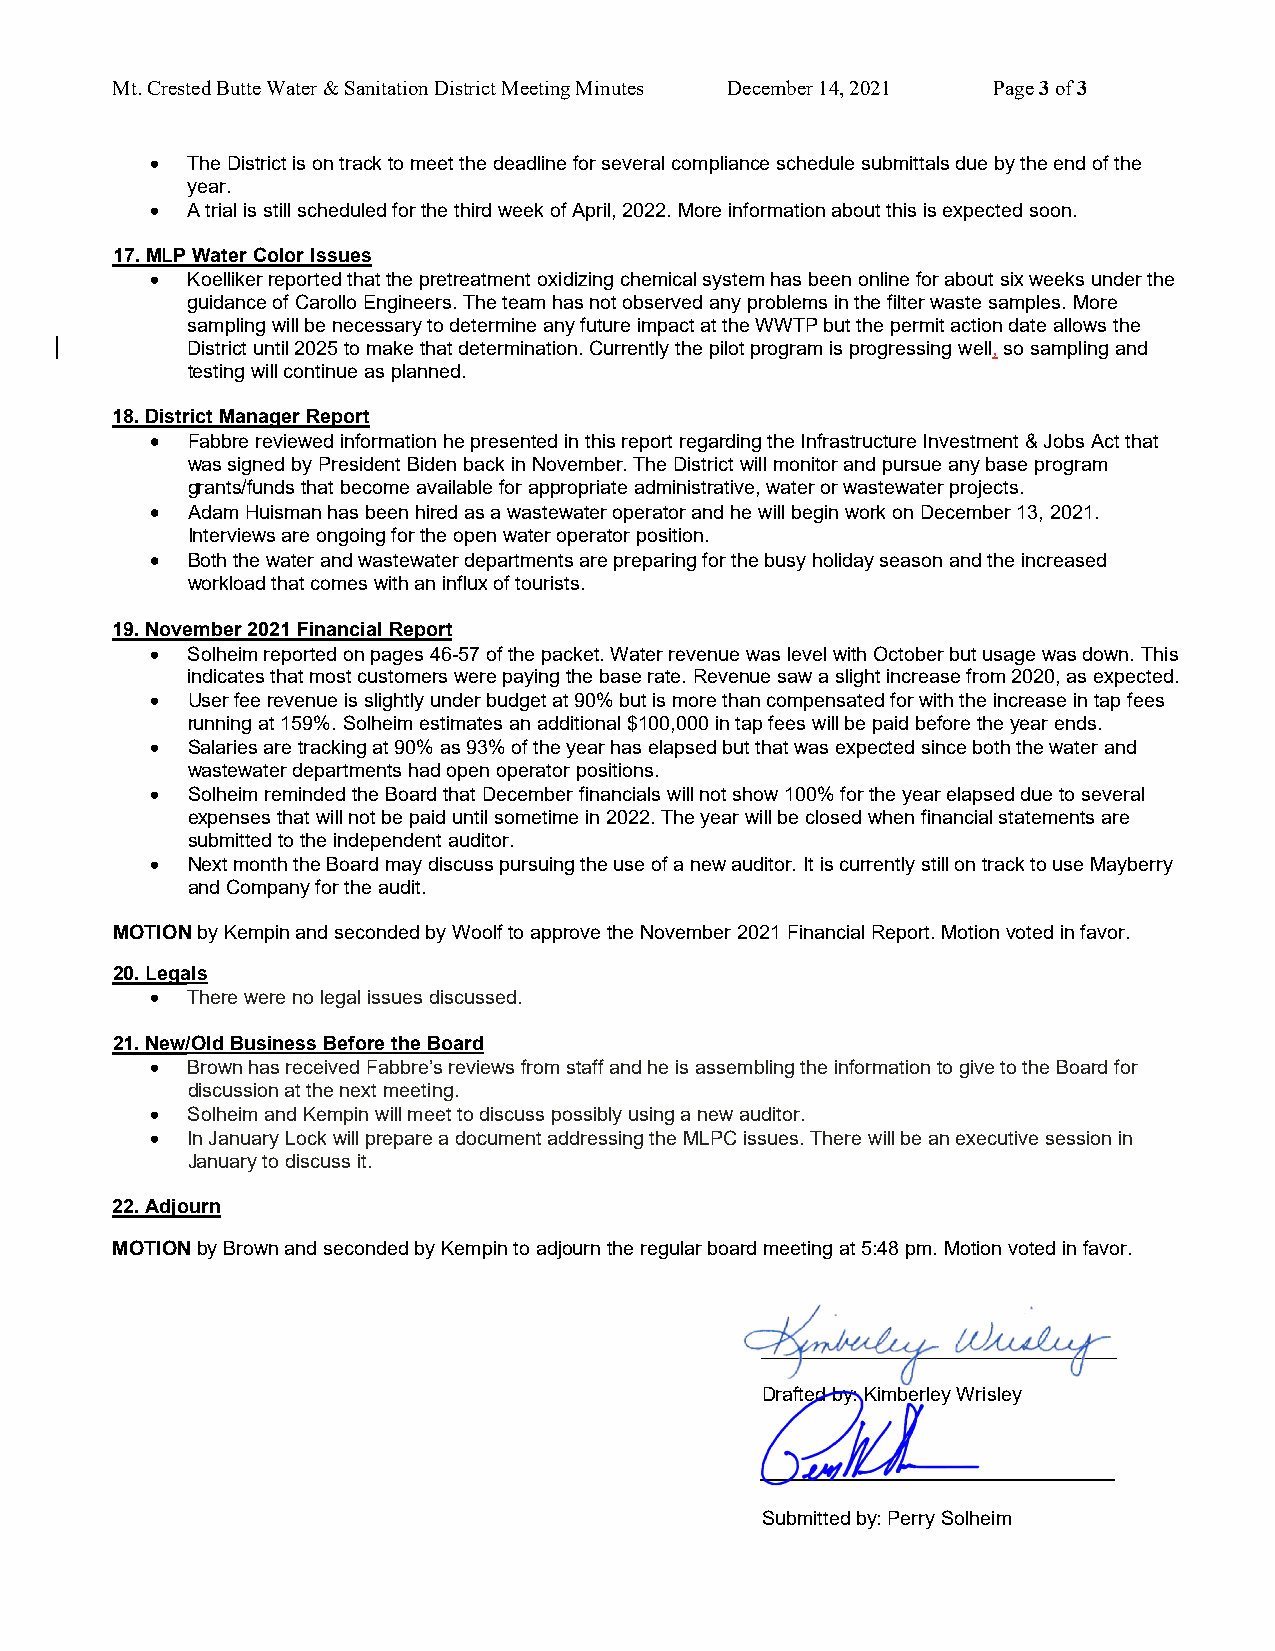
Mt. Crested Butte Water & Sanitation District Meeting Minutes December 14, 2021 Page 3 of 3
  The District is on track to meet the deadline for several compliance schedule submittals due by the end of the
 year.
  A trial is still scheduled for the third week of April, 2022. More information about this is expected soon.
 17.MLP Water Color Issues
  Koelliker reported that the pretreatment oxidizing chemical system has been online for about six weeks under the
 guidance of Carollo Engineers. The team has not observed any problems in the filter waste samples. More
 sampling will be necessary to determine any future impact at the WWTP but the permit action date allows the
 District until 2025 to make that determination. Currently the pilot program is progressing well, so sampling and
 testing will continue as planned.
 18.District Manager Report
  Fabbre reviewed information he presented in this report regarding the Infrastructure Investment & Jobs Act that
 was signed by President Biden back in November. The District will monitor and pursue any base program
 grants/funds that become available for appropriate administrative, water or wastewater projects.
  Adam Huisman has been hired as a wastewater operator and he will begin work on December 13, 2021.
 Interviews are ongoing for the open water operator position.
  Both the water and wastewater departments are preparing for the busy holiday season and the increased
 workload that comes with an influx of tourists.
 19.November 2021 Financial Report
  Solheim reported on pages 46-57 of the packet. Water revenue was level with October but usage was down. This
 indicates that most customers were paying the base rate. Revenue saw a slight increase from 2020, as expected.
  User fee revenue is slightly under budget at 90% but is more than compensated for with the increase in tap fees
 running at 159%. Solheim estimates an additional $100,000 in tap fees will be paid before the year ends.
  Salaries are tracking at 90% as 93% of the year has elapsed but that was expected since both the water and
 wastewater departments had open operator positions.
  Solheim reminded the Board that December financials will not show 100% for the year elapsed due to several
 expenses that will not be paid until sometime in 2022. The year will be closed when financial statements are
 submitted to the independent auditor.
  Next month the Board may discuss pursuing the use of a new auditor. It is currently still on track to use Mayberry
 and Company for the audit.
 MOTION by Kempin and seconded by Woolf to approve the November 2021 Financial Report. Motion voted in favor.
 20.Legals
  There were no legal issues discussed.
 21.New/Old Business Before the Board
  Brown has received Fabbre’s reviews from staff and he is assembling the information to give to the Board for
 discussion at the next meeting.
  Solheim and Kempin will meet to discuss possibly using a new auditor.
  In January Lock will prepare a document addressing the MLPC issues. There will be an executive session in
 January to discuss it.
 22.Adjourn
 MOTION by Brown and seconded by Kempin to adjourn the regular board meeting at 5:48 pm. Motion voted in favor.
 Drafted by: Kimberley Wrisley
 Submitted by: Perry Solheim